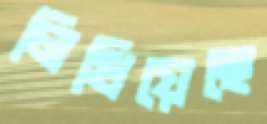
লিখিয়েছে